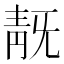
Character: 𩇗